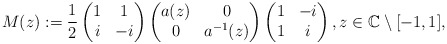
\begin{align*} M(z) := \frac{1}{2} \begin{pmatrix}1 & 1 \\ i & -i\end{pmatrix}\begin{pmatrix}a(z) & 0 \\ 0 & a^{-1}(z)\end{pmatrix}\begin{pmatrix}1 & -i \\ 1 & i\end{pmatrix}, z \in \mathbb C\setminus [-1,1] ,\end{align*}